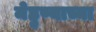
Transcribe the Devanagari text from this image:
मेहुण्याच्या